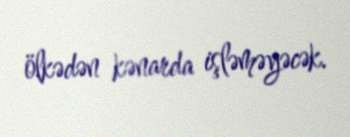
ölkədən kənarda işləməyəcək.